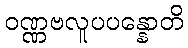
ဝဏ္ဏဗလူပပန္နောတိ